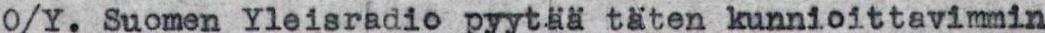
O/Y. Suomen Yleisradio pyytää täten kunnioittavimmin